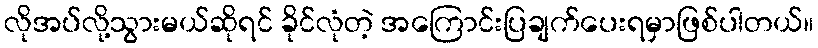
လိုအပ်လို့သွားမယ်ဆိုရင် ခိုင်လုံတဲ့ အကြောင်းပြချက်ပေးရမှာဖြစ်ပါတယ်။